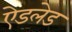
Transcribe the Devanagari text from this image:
ऐडलेड